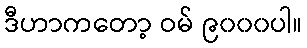
ဒီဟာကတော့ ဝမ် ၉၀၀၀ပါ။